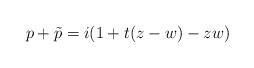
LaTeX: \begin{align*}p+\tilde{p} = i(1+t(z-w) - zw)\end{align*}